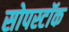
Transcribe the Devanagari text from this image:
सोपस्टॉक